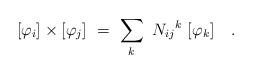
LaTeX: \begin{align*}[\varphi_i] \times [\varphi_j] \ = \ \sum_k \ {N_{ij}}^k \ [\varphi_k] \quad .\end{align*}